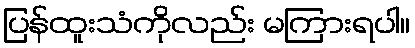
ပြန်ထူးသံကိုလည်း မကြားရပါ။